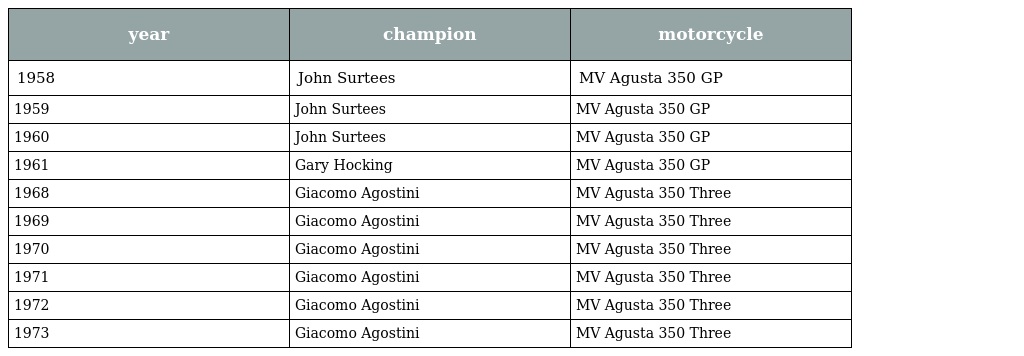
| year | champion | motorcycle |
 | --- | --- | --- |
 | 1958 | John Surtees | MV Agusta 350 GP |
 | 1959 | John Surtees | MV Agusta 350 GP |
 | 1960 | John Surtees | MV Agusta 350 GP |
 | 1961 | Gary Hocking | MV Agusta 350 GP |
 | 1968 | Giacomo Agostini | MV Agusta 350 Three |
 | 1969 | Giacomo Agostini | MV Agusta 350 Three |
 | 1970 | Giacomo Agostini | MV Agusta 350 Three |
 | 1971 | Giacomo Agostini | MV Agusta 350 Three |
 | 1972 | Giacomo Agostini | MV Agusta 350 Three |
 | 1973 | Giacomo Agostini | MV Agusta 350 Three |